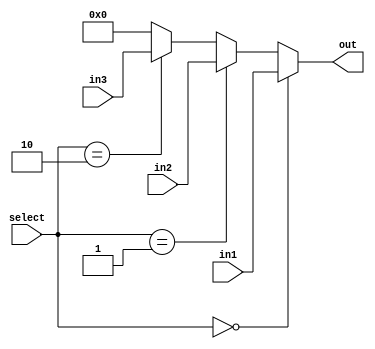
`timescale 1ns / 1ps
//////////////////////////////////////////////////////////////////////////////////
// Company: 
// Engineer: 
// 
// Design Name: 
// Module Name:    mux_3_1 
// Project Name: 
// Target Devices: 
// Tool versions: 
// Description: 
//
// Dependencies: 
//
// Revision: 
// Revision 0.01 - File Created
// Additional Comments: 
//
//////////////////////////////////////////////////////////////////////////////////
module mux_3_1(out, select, in1, in2, in3);
parameter width = 5;
	
	output reg [width-1:0] out;
	input [1:0] select;
	input [width-1:0] in1;
	input [width-1:0] in2;
	input [width-1:0] in3;
	
	//N bit wide 3 to 1 mux
	always@(select or in1 or in2 or in3)
	begin
		if(select == 2'b00)
			out <= in1;
		else if(select == 2'b01)
			out <= in2;
		else if(select == 2'b10)
			out <= in3;
		else
			out <= 1'b0;
	end

endmodule